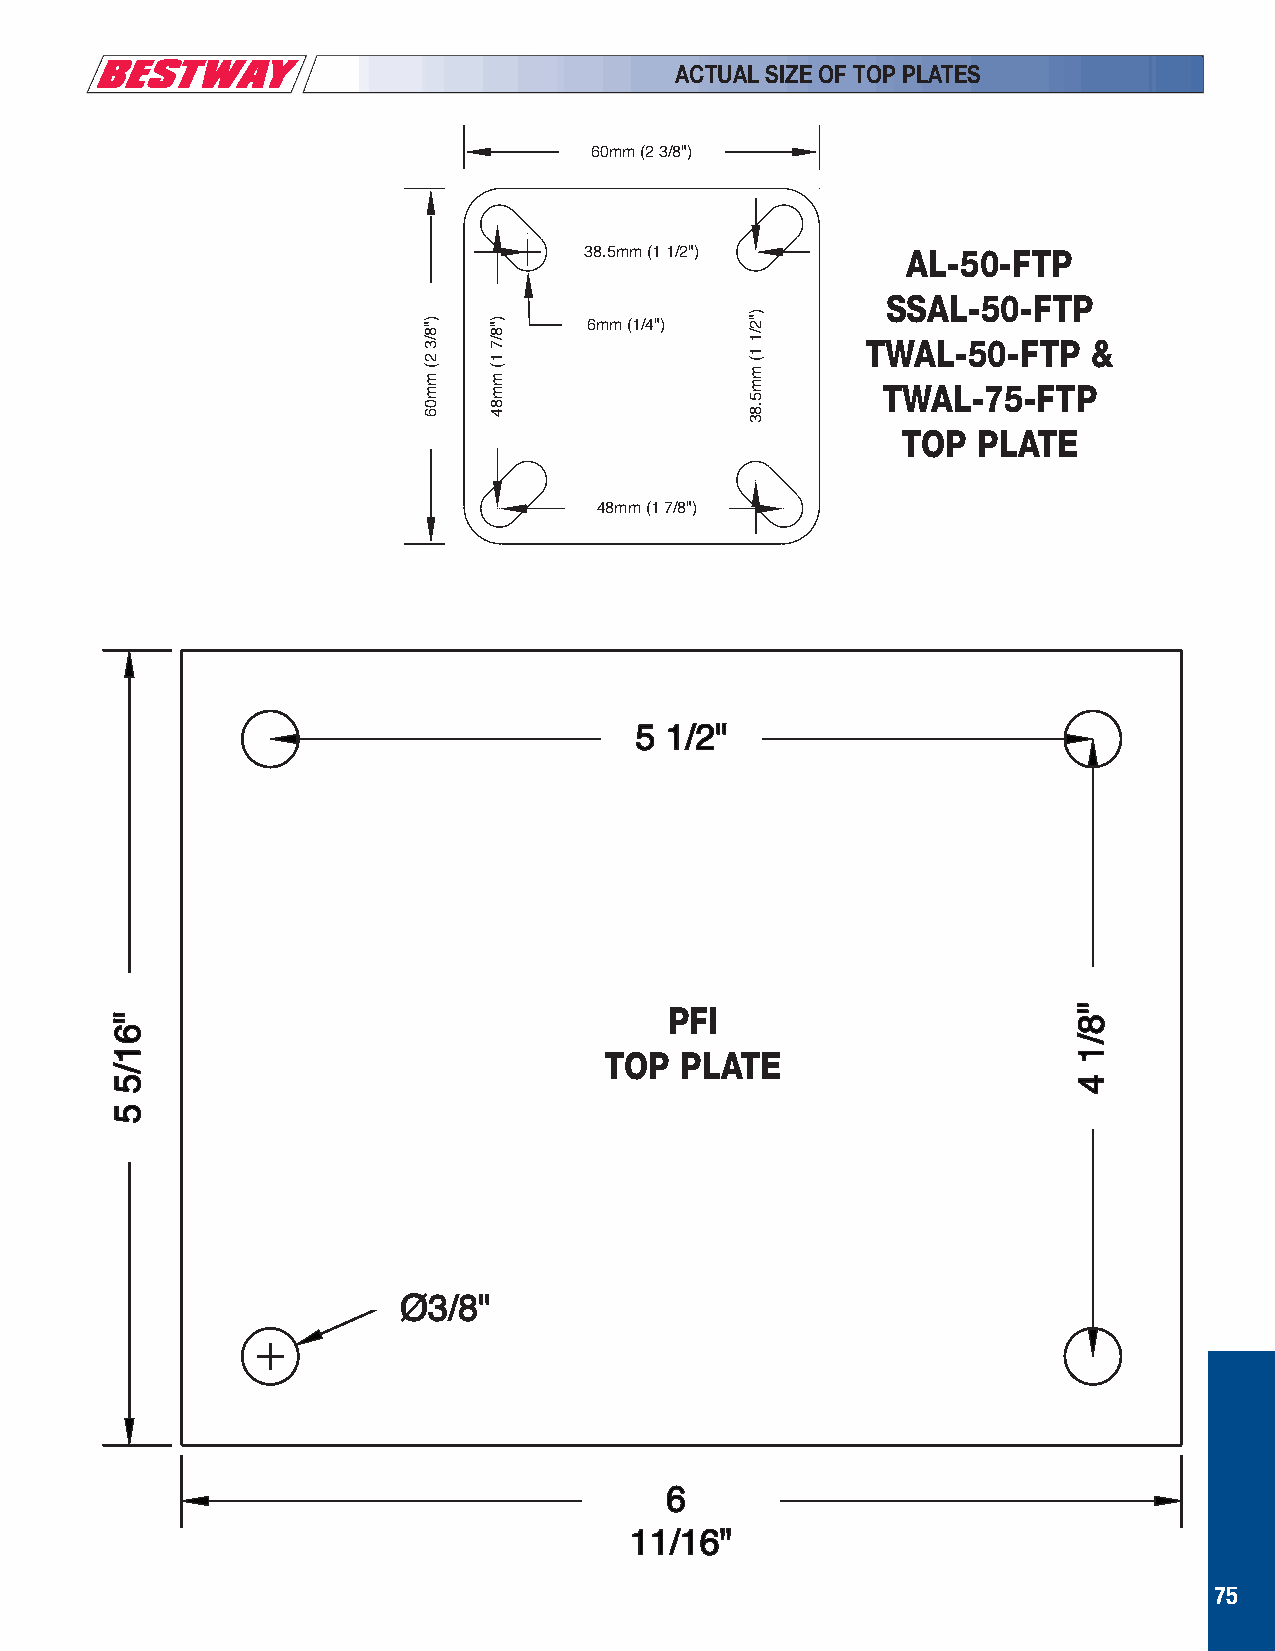
ACTUAL SIZE OF TOP PLATES
 60mm (2 3/8")
 AL-50-FTP
 38.5mm (1 1/2")
 SSAL-50-FTP
 6mm (1/4")
 TWAL-50-FTP    &
 TWAL-75-FTP
 TOP  PLATE
 48mm (1 7/8")
 55 11//22""
 PFI
 TOP  PLATE
 ØØ33//88""
 66
 1111//1166""
 75
 ""6611//55
 55
 ""88//33ØØ
 )"8/3
 2(
 mm06
 )"8/7
 1(
 mm84
 EET
 TA
 AL
 LPP
 IIF
 FP
 P
 )"2/1
 1(
 mm5.83
 ""88//11
 44